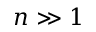
n \gg 1